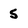
Character: 5